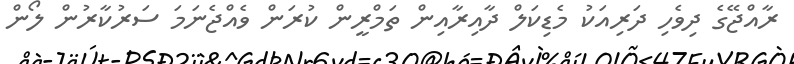
ރާއްޖޭގެ ދިވެހި ދަރިއަކު މެޑިކަލް ދާއިރާއިން ތަމްރީން ކުރަން ވެއްޖެނަމަ ސަރުކާރުން ލޯން